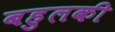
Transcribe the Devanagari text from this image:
बहुलकी